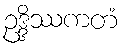
ဥဒ္ဒိဿကတံ